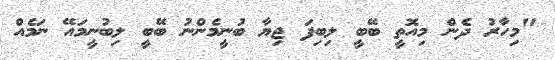
"މިހާރު ދެން މިއޮތީ ބޭބީ ލިބިފަ ޖިޔާ ބުނީމެންނު ބޭބީ ލިބުނީމައޭ ނަމެއް